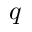
q